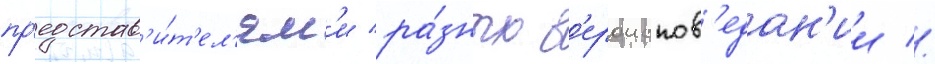
пр'едстав'и́т'ел'ям'и ра́зных в'ероиспов'едан'ии //